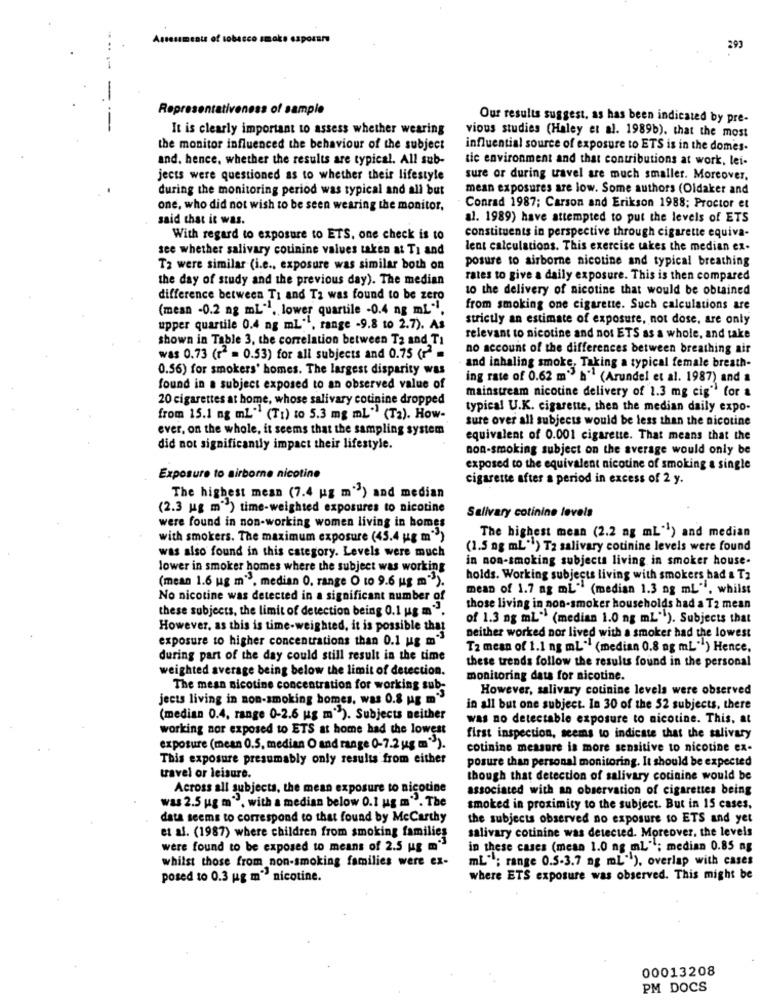
Assessments of tobacco smaks e
praro
293
Representativeness of sample
Our results suggest, as has been indicated by pre-
It is clearly important to assess whether wearing
vious studies (Haley et al. 1989b). that the most
the monitor influenced the behaviour of the subject
influential source of exposure to ETS is in the domes.
and. hence, whether the results are typical. All sub-
tic environment and that contributions at work, lei-
jects were questioned as to whether their lifestyle
sure or during tavel are much smaller. Moreover,
during the monitoring period was typical and all but
mean exposures are low. Some authors (Oldaker and
one, who did not wish to be seen wearing the monitor,
Conrad 1987; Carson and Erikson 1988; Proctor et
said that it was.
al. 1989) have attempted to put the levels of ETS
constituents in perspective through cigarette equiva-
With regard to exposure to ETS, one check is to
see whether salivary cotinine values taken at Ti and
lent calculations. This exercise takes the median ex-
posure to airborne nicotine and typical breathing
Ta were similar (i.e ., exposure was similar both on
the day of study and the previous day). The median
rates to give a daily exposure. This is then compared
to the delivery of nicotine that would be obtained
difference between Ti and Ta was found to be zero
(mesn -0.2 ng mL", lower quartile -0.4 ng mL".
from smoking one cigarette. Such calculations are
strictly an estimate of exposure, not dose, are only
upper quartile 0.4 ng mL"', range -9.8 to 2.7). As
shown in Table 3, the correlation between Ta and Ti
relevant to nicotine and nos ETS as a whole, and take
no account of the differences between breathing air
was 0.73 (r2 = 0.53) for all subjects and 0.75 (12 =
0.56) for smokers' homes. The largest disparity was
and inhaling smoke, Taking a typical female breath-
ing rate of 0.62 m" h" (Arundel et al. 1987) and a
found in a subject exposed to an observed value of
mainstream nicotine delivery of 1.3 mg cig" for &
20 cigarettes at home, whose salivary cotinine dropped
typical U.K. cigarette, then the median daily expo-
from 15.1 ng ml (T1) to 5.3 mg mL" (T2). How-
sure over all subjects would be less than the nicotine
ever, on the whole, it seems that the sampling system
equivalent of 0.001 cigarette. That means that the
did not significantly impact their lifestyle.
non-smoking subject on the average would only be
exposed to the equivalent nicotine of smoking a single
Exposure to airborne nicotine
cigarette after a period in excess of 2 y.
The highest mean (7.4 ug m") and median
(2.3 ug m") time-weighted exposures to nicotine
Salivary cotinine levels
were found in non-working women living in homes
with smokers. The maximum exposure (45.4 ug m">)
The highest mean (2.2 ag mL") and median
was also found in this category. Levels were much
(1.5 ng mL") T2 salivary cotinine levels were found
in non-smoking subjects living in smoker house-
lower in smoker homes where the subject was working
(mean 1.6 ug m", median 0, range O to 9.6 ug m").
holds. Working subjects living with smokers had & T2
mean of 1.7 ag mL" (median 1.3 ng mL", whilst
No nicotine was detected in a significant number of
these subjects, the limit of detection being 0.1 ug m".
those living in non-smoker households had a T2 mean
of 1.3 ng mL" (median 1.0 ng mL""). Subjects that
However, as this is time-weighted, it is possible that
exposure to higher concentrations than 0.1 ug m-3
neither worked nor lived with a smoker had the lowest
T2 mean of 1.1 ng mL" (median 0.8 og mL"") Hence,
during part of the day could still result in the time
these trends follow the results found in the personal
weighted average being below the limit of detection.
monitoring dats for nicotine.
The mean nicotine concentration for working sub-
However, salivary cotinine levels were observed
jects living in non-smoking homes, was 0.8 ug m">
in all but one subject. In 30 of the 52 subjects, there
(median 0.4, range 0-2.6 ug m"). Subjects neither
was no detectable exposure to nicotine. This, at
working nor exposed to ETS at home had the lowest
first inspection, seems to indicate that the salivary
exposure (mean 0.5, median O and range 0-7.2 ug m").
cotinine measure is more sensitive to nicotine ex-
This exposure presumably only results from either
posure than personal monitoring. It should be expected
travel or leisure.
though that detection of salivary cotinine would be
Across all subjects, the mean exposure to nicotine
associated with an observation of cigarettes being
was 2.5 ug m", with a median below 0.1 ug m"". The
smoked in proximity to the subject. But in 15 cases,
data seems to correspond to that found by Mccarthy
the subjects observed no exposure to ETS and yet
salivary cotinine was detected. Moreover, the levels
et al. (1987) where children from smoking families
were found to be exposed to means of 2.5 ug m"
in these cases (mean 1.0 ng mL"; median 0.85 ag
whilst those from non-smoking families were ex-
mL"; range 0.5.3.7 ng mL"), overlap with cases
posed to 0.3 ug m" nicotine.
where ETS exposure was observed. This might be
00013208
PM DOCS